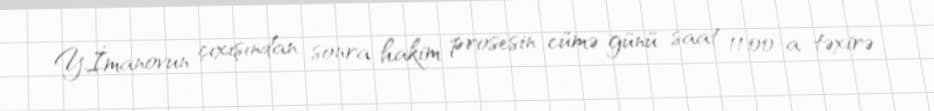
Y.İmanovun çıxışından sonra hakim prosesin cümə günü saat 11:00-a təxirə